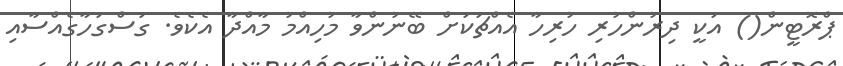
ޕްރޮޓީން() އަކީ ދިރުންހުރި ހުރިހާ އެއްޗަކަށް ބޭނުންވާ މުހިއްމު މާއްދާ އެކެވެ. ގަސްގަހާގެއްސާއި